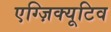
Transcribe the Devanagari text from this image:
एग्ज़िक्यूटिव